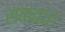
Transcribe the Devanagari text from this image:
संकवार